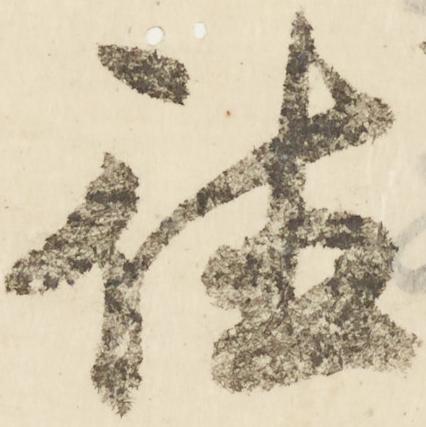
徳